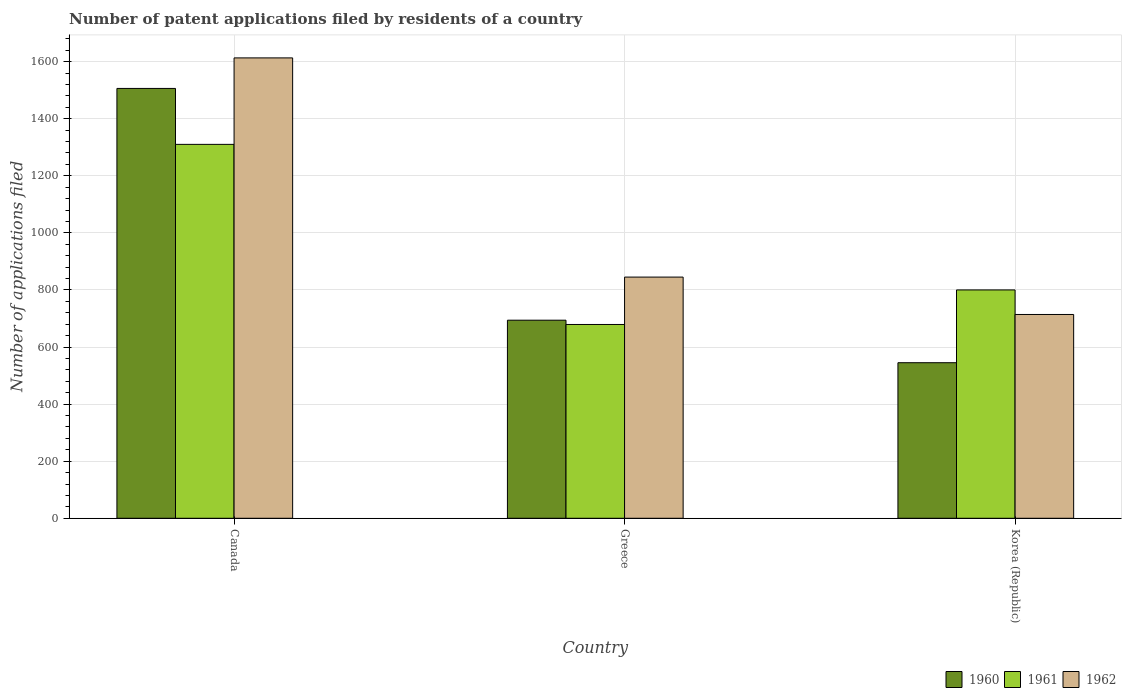
| Country | 1960 | 1961 | 1962 |
 | --- | --- | --- | --- |
 | Canada | 1.51e+03 | 1.31e+03 | 1.61e+03 |
 | Greece | 694 | 679 | 845 |
 | Korea (Republic) | 545 | 800 | 714 |